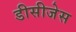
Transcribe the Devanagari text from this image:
डीसीजेस